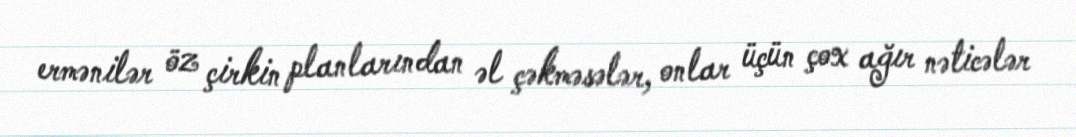
ermənilər öz çirkin planlarından əl çəkməsələr, onlar üçün çox ağır nəticələr